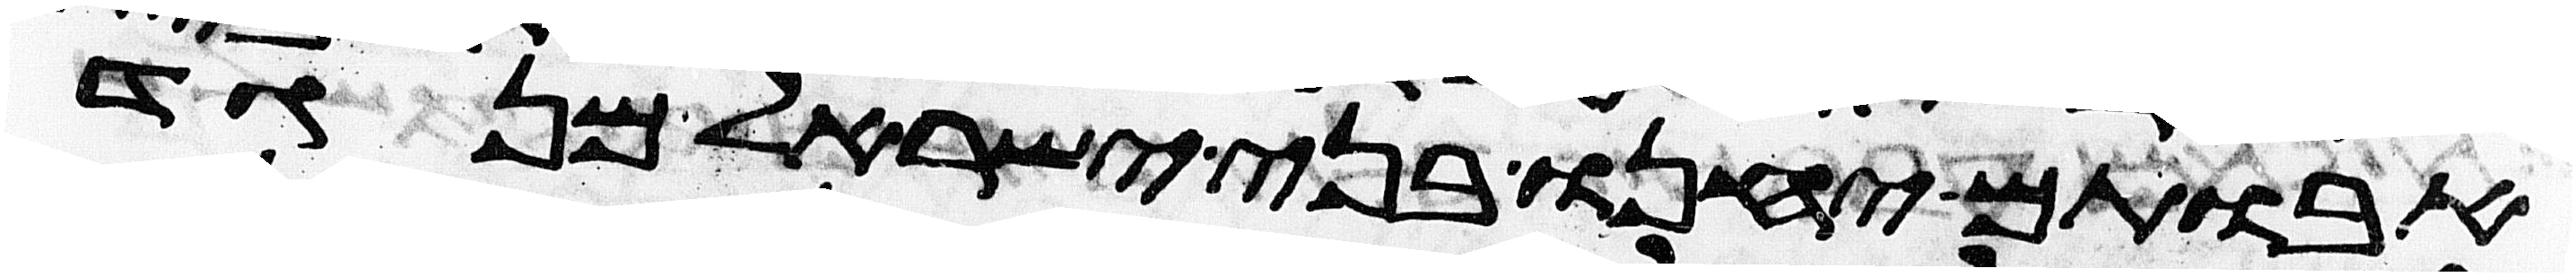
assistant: אבותם יחנו בני ישראל מנגד